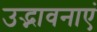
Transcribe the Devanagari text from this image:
उद्भावनाएं